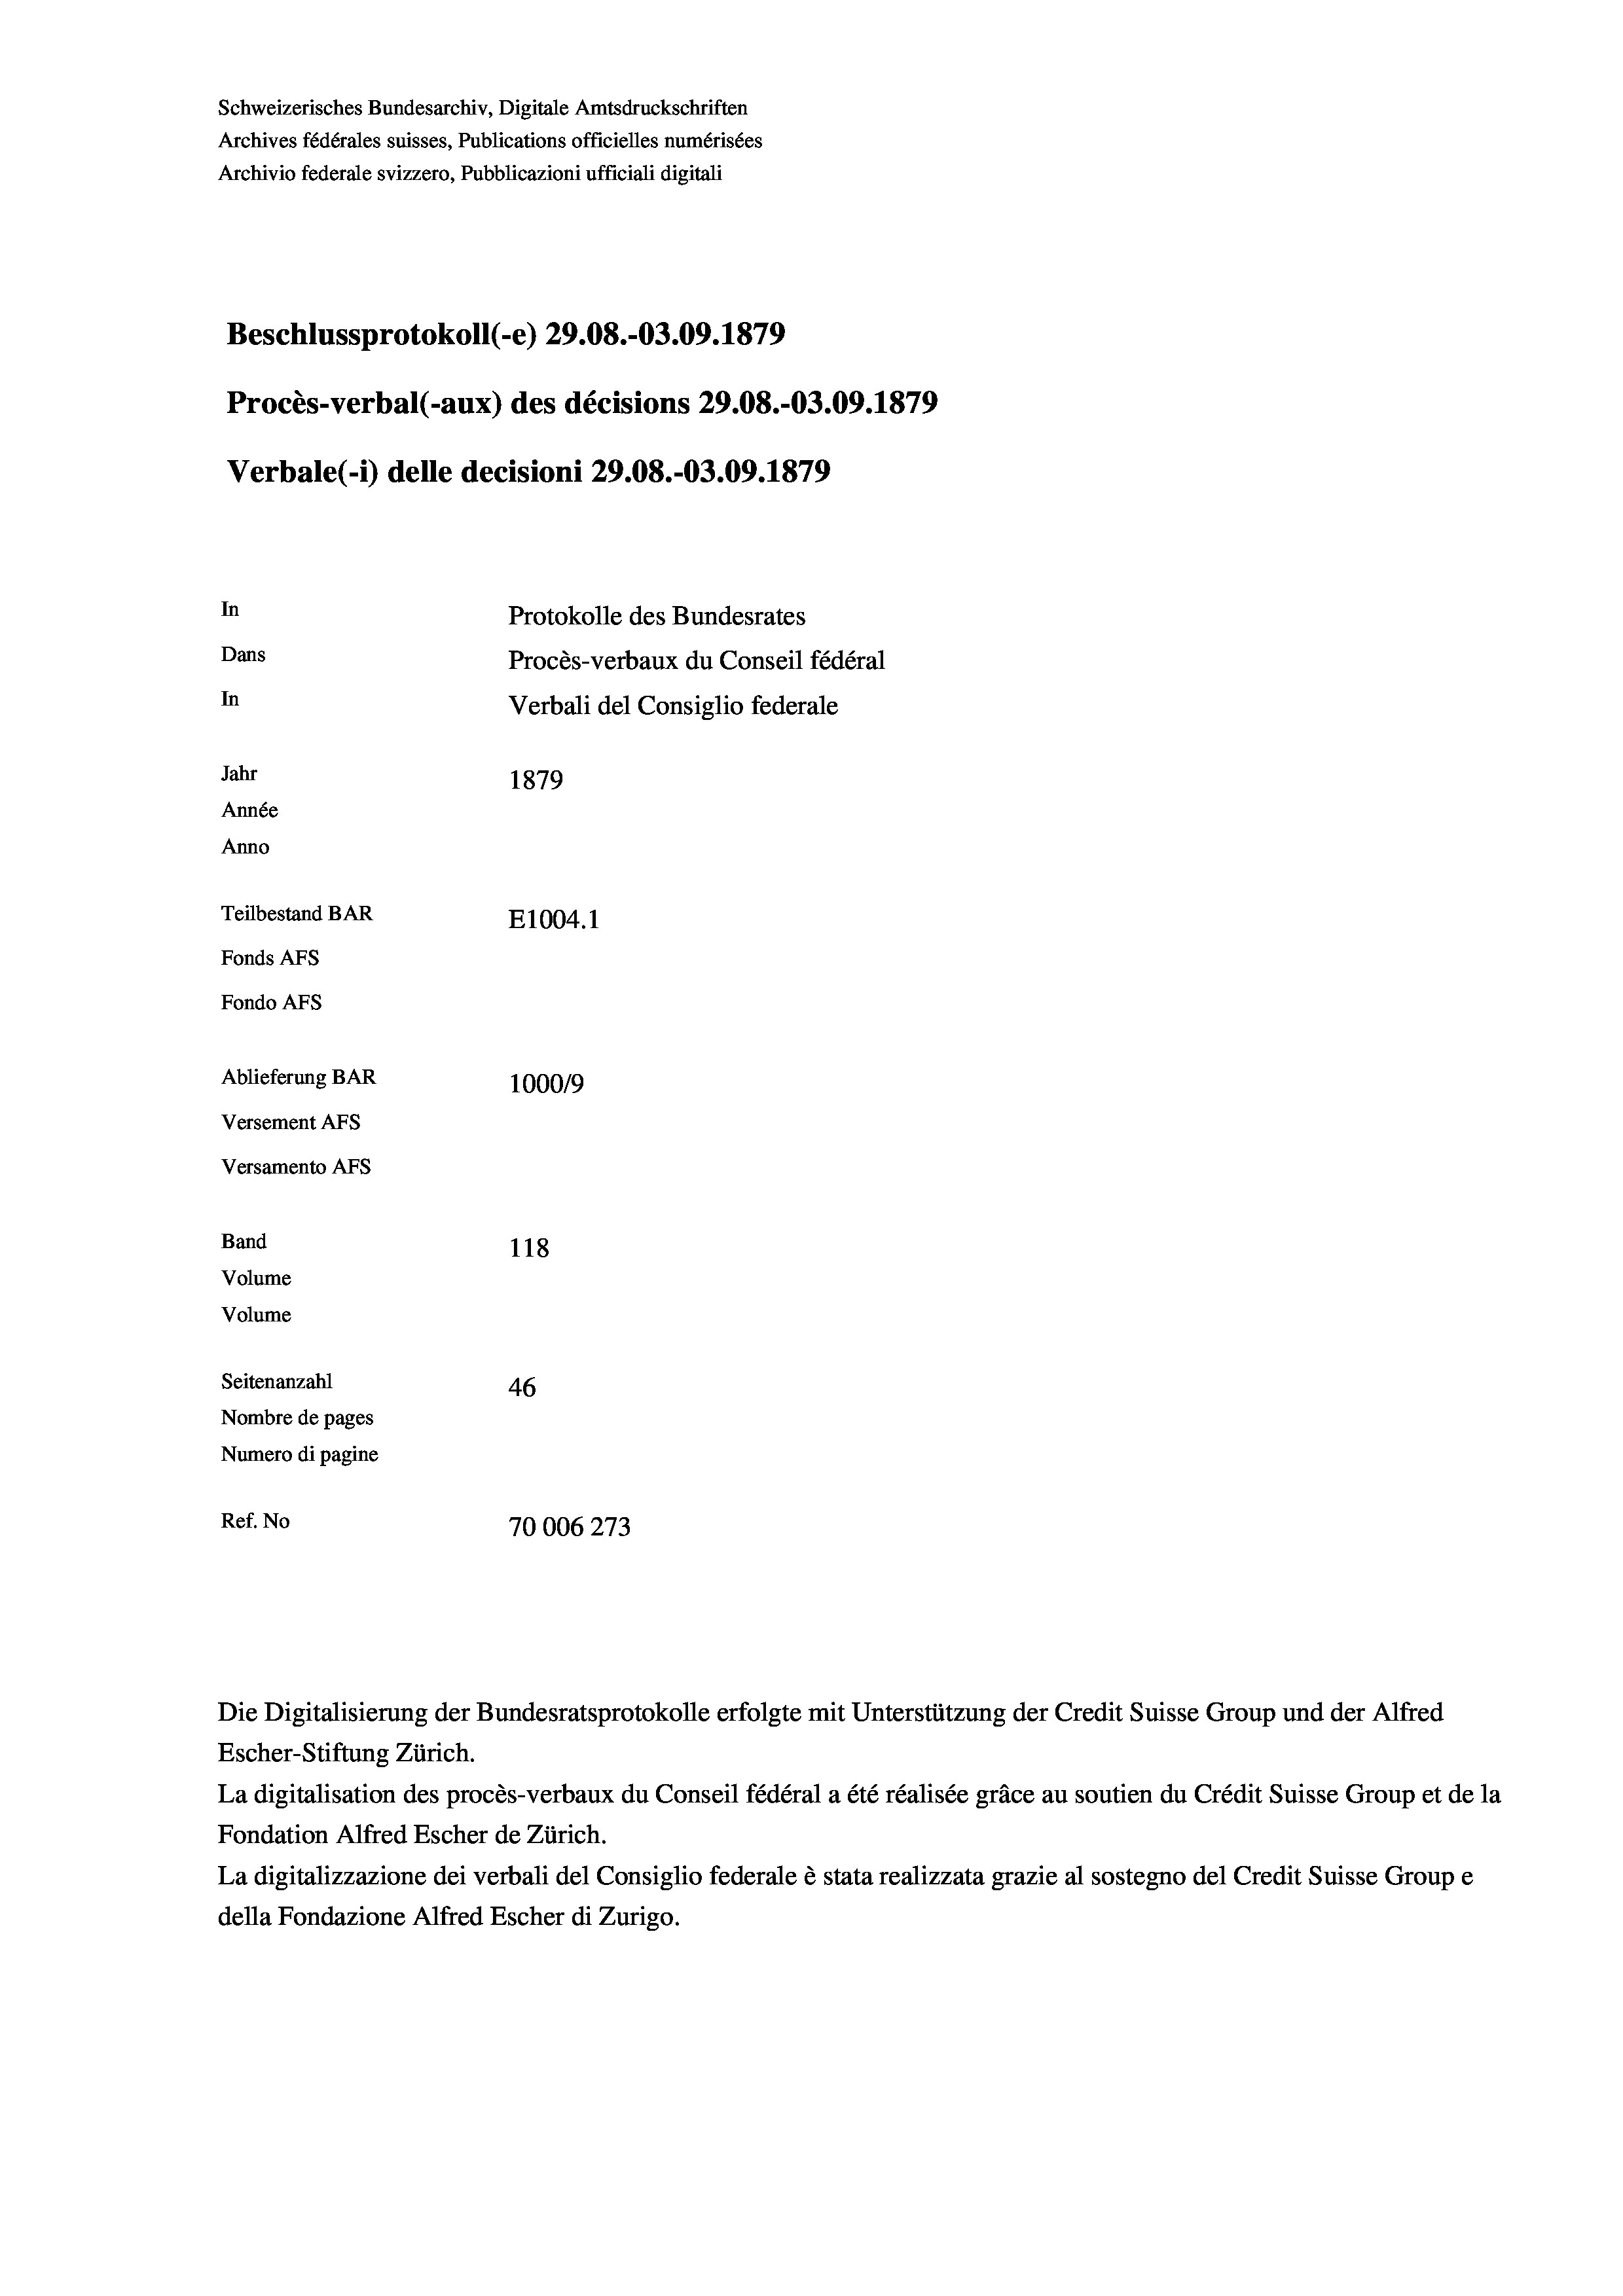
Schweizerisches Bundesarchiv, Digitale Amtsdruckschriften
Archives fédérales suisses, Publications officielles numérisées
Archivio federale svizzero, Pubblicazioni ufficiali digitali
Beschlussprotokoll (-e) 29.08.-03.09. 1879
Procès-verbal (-aux) des décisions 29.08.-03.09. 1879
Verbale (- 1) delle decisioni 29.08.-03.09. 1879
In
Protokolle des Bundesrates
Dans
Procès-verbaux du Conseil fédéral
In
Verbali del Consiglio federale
Jahr
1879
Année
Anno
Teilbestand BAR
E1004.1
Fonds AFs
Fondo AFs
Ablieferung BAR
100019
Versement AFs
Versamento AFs
Band
118
Volume
Volume
Seitenanzahl
46
Nombre de pages
Numero di pagine
Ref. No
70006273

Die Digitalisierung der Bundesratsprotokolle erfolgte mit Unterstützung der Credit Suisse Group und der Alfred

Escher-Stiftung Zürich.
La digitalisation des procès-verbaux du Conseil fédéral a été réalisée gräce au soutien du Crédit Suisse Group et de la
Fondation Alfred Escher de Zürich.
La digitalizzazione dei verbali del Consiglio federale è stata realizzata grazie al sostegno del Credit Suisse Groupe
della Fondazione Alfred Escher di Zurigo.